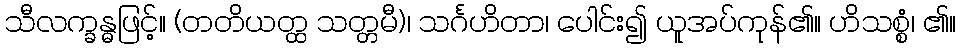
သီလက္ခန္ဓဖြင့်။ (တတိယတ္ထ သတ္တမီ)၊ သင်္ဂဟိတာ၊ ပေါင်း၍ ယူအပ်ကုန်၏။ ဟိသစ္စံ၊ ၏။